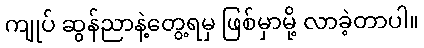
ကျုပ် ဆွန်ညာနဲ့တွေ့ရမှ ဖြစ်မှာမို့ လာခဲ့တာပါ။